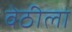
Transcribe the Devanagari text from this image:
वेठीला